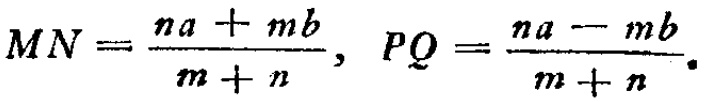
\(MN=\frac{na + mb}{m + n},\ PQ=\frac{na - mb}{m + n}.\)